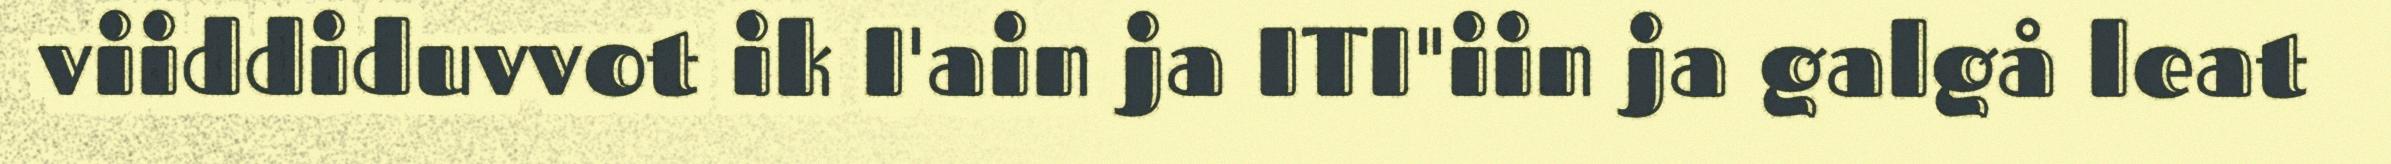
viiddiduvvot ik I'ain ja ITI"iin ja galgå leat